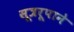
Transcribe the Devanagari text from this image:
सूत्ररूपाने